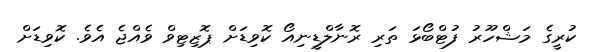
ކުރީގެ މަޝްހޫރު ފުޓްބޯޅަ ތަރި ރޮނާލްޑީނިއޯ ކޮވިޑަށް ޕޮޒިޓިވް ވެއްޖެ އެވެ. ކޮވިޑަށް